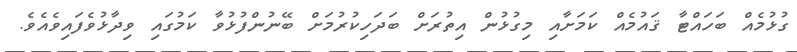
ގުޅުމެއް ބަހައްޓާ ޤައުމެއް ކަމަށާއި މިގުޅުން އިތުރަށް ބަދަހިކުރުމަށް ބޭނުންފުޅުވާ ކަމުގައި ވިދާޅުވެފައިވެއެވެ.